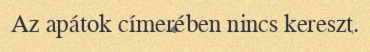
Az apátok címerében nincs kereszt.